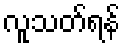
လူသတ်ရန်